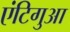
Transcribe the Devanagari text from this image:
एंटिगुआ